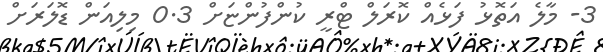
3- މާލެ އަތޮޅު ފަޅެއް ކޮރަލް ޓްރީ ކުންފުންޏަށް 0.3 މިލިއަން ޑޮލަރަށް